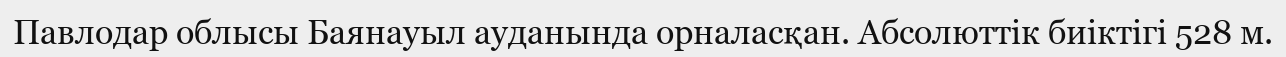
Павлодар облысы Баянауыл ауданында орналасқан. Абсолюттiк биіктігі 528 м.